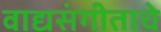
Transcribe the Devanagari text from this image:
वाद्यसंगीताचे